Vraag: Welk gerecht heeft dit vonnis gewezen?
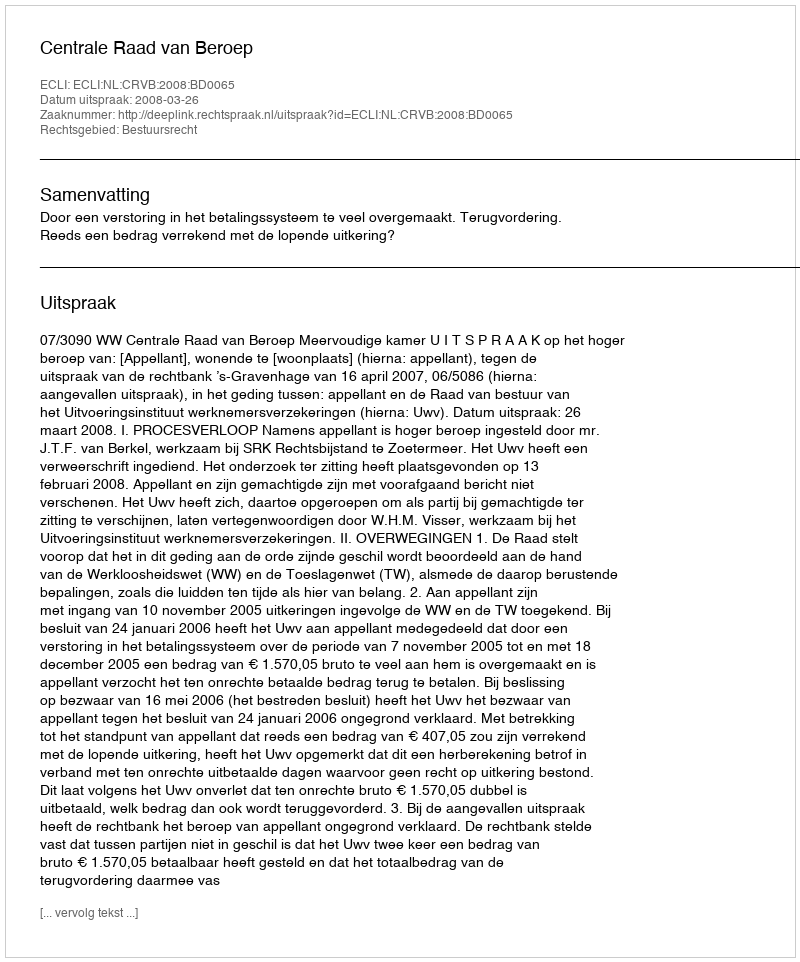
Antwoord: Centrale Raad van Beroep